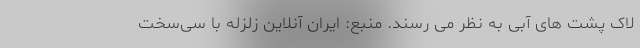
لاک پشت های آبی به نظر می رسند. منبع: ایران آنلاین زلزله با سی‌سخت